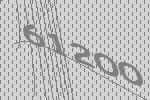
61200